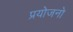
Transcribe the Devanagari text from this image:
प्रयोजनो